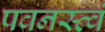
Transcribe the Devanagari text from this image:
पवनस्त्वं